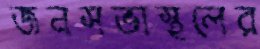
জনসভাস্থলের